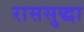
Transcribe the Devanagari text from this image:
राससुद्धा